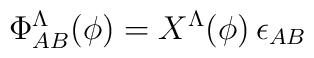
\Phi^\Lambda_{AB}(\phi) = X^\Lambda(\phi) \, \epsilon _{AB}